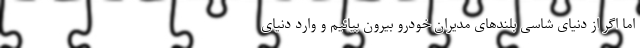
اما اگر از دنیای شاسی بلندهای مدیران خودرو بیرون بیائیم و وارد دنیای